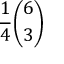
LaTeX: { \frac { 1 } { 4 } } { \binom { 6 } { 3 } }